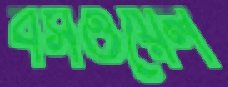
বসওয়েল